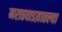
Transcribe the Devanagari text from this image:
मराठवाडय़ातल्या